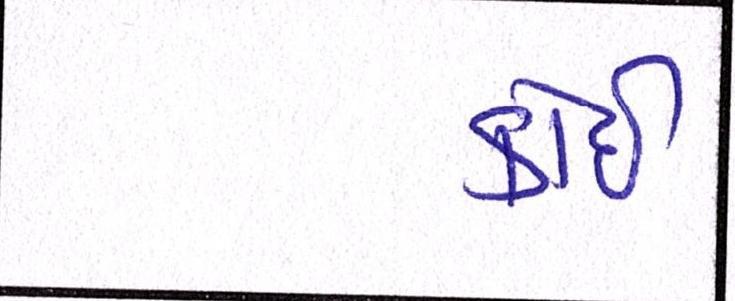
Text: કોઈ